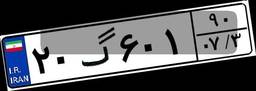
۲۰گ۶۰۱۹۰